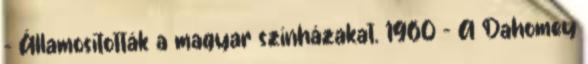
– Államosították a magyar színházakat. 1960 – A Dahomey